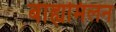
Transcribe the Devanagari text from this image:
बाह्यमिलन